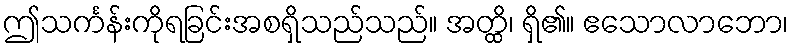
ဤသင်္ကန်းကိုရခြင်းအစရှိသည်သည်။ အတ္ထိ၊ ရှိ၏။ ဧသောလာဘော၊